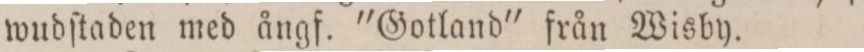
wudſtaden med ångf. "Gotland" från Wisby.